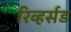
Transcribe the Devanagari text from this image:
रिव्हर्सड